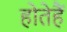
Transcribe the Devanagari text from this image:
होतेहैं